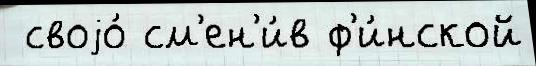
 своjо́ см'ен'и́в ф'и́нской